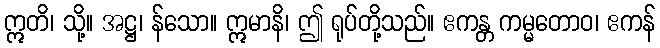
ဣတိ၊ သို့။ အဋ္ဌ၊ န်သော။ ဣမာနိ၊ ဤ ရုပ်တို့သည်။ ဧကန္တ ကမ္မတောဝ၊ ဧကန်